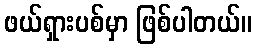
ဖယ်ရှားပစ်မှာ ဖြစ်ပါတယ်။